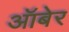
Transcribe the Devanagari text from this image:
ऑबेर